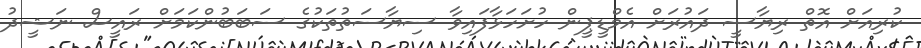
ކުރިއަށް އޮތް ރިޔާސީ ދައުރަށް އެމްޑީޕީން ހުށަހަޅާފައިވާ ސިޔާސަތުތަކުގެ ސަބަބުންކަމަށް ރައީސް ނަޝީދު